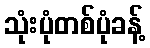
သုံးပုံတစ်ပုံခန့်